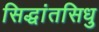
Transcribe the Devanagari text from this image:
सिद्धांतसिधु